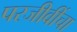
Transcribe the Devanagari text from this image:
परजीवींचा